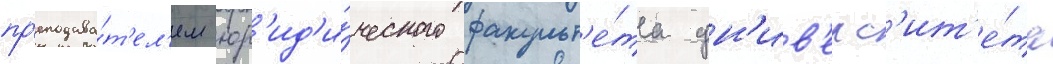
пр'еподава́т'ел'ем юр'ид'и́ческого факульт'е́та ун'ив'ерс'ит'е́та